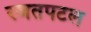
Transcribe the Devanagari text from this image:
रजतपटल